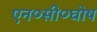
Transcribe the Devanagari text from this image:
एन०सी०घोष